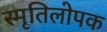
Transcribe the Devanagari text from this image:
स्मृतिलोपक